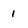
Character: 1